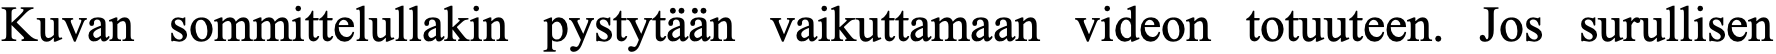
Kuvan sommittelullakin pystytään vaikuttamaan videon totuuteen. Jos surullisen